Punjab Mental Hospital Lahore 1922-31 - 1922-1931
Year: 1922
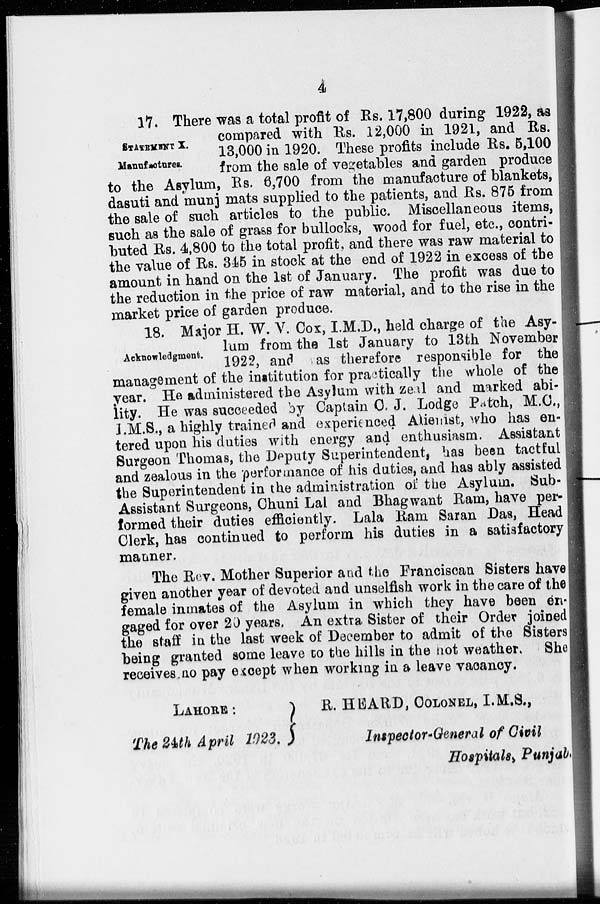
4
STATEMENT X.
Manufactures.
17. There was a total profit of Rs. 17,800 during 1922, as
compared with Rs. 12,000 in 1921, and Rs.
13,000 in 1920. These profits include Rs. 5,100
from the sale of vegetables and garden produce
to the Asylum, Rs. 6,700 from the manufacture of blankets,
dasuti and munj mats supplied to the patients, and Rs. 875 from
the sale of such articles to the public. Miscellaneous items,
such as the sale of grass for bullocks, wood for fuel, etc., contri-
buted Rs. 4,800 to the total profit, and there was raw material to
the value of Rs. 345 in stock at the end of 1922 in excess of the
amount in hand on the 1st of January. The profit was due to
the reduction in the price of raw material, and to the rise in the
market price of garden produce.
Acknowledgment.
18. Major H. W. V. Cox, I.M.D., held charge of the Asy-
lum from the 1st January to 13th November
1922, and was therefore responsible for the
management of the institution for practically the whole of the
year. He administered the Asylum with zeal and marked abi-
lity. He was succeeded by Captain C. J. Lodge Patch, M.C.,
I.M.S., a highly trained and experienced Alienist, who has en-
tered upon his duties with energy and enthusiasm. Assistant
Surgeon Thomas, the Deputy Superintendent, has been tactful
and zealous in the performance of his duties, and has ably assisted
the Superintendent in the administration of the Asylum. Sub-
Assistant Surgeons, Chuni Lal and Bhagwant Ram, have per-
formed their duties efficiently. Lala Ram Saran Das, Head
Clerk, has continued to perform his duties in a satisfactory
manner.
The Rev. Mother Superior and the Franciscan Sisters have
given another year of devoted and unselfish work in the care of the
female inmates of the Asylum in which they have been en-
gaged for over 20 years. An extra Sister of their Order joined
the staff in the last week of December to admit of the Sisters
being granted some leave to the hills in the not weather. She
receives no pay except when working in a leave vacancy.
LAHORE :
R.
HEARD, COLONEL, I.M.S.,
The 24th April 1923.
Inspector-General of Civil
Hospitals, Punjab